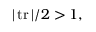
| \operatorname { t r } | / 2 > 1 ,